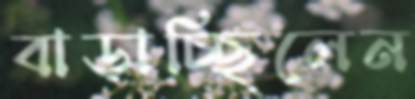
বাড়াচ্ছিলেন